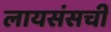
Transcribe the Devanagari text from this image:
लायसंसची